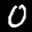
Label: 0